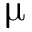
\upmu